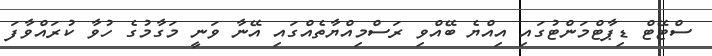
ސްޓޭޓް ޑިޕާޓްމަންޓުގައި އިއްޔެ ބޭއްވި ރަސްމިއްޔާތެއްގައި އޭނާ ވަނީ މަގާމުގެ ހުވާ ކުރައްވާފަ